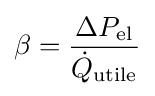
\beta ={\frac {\Delta P_{\text{el}}}{{\dot {Q}}_{\text{utile}}}}